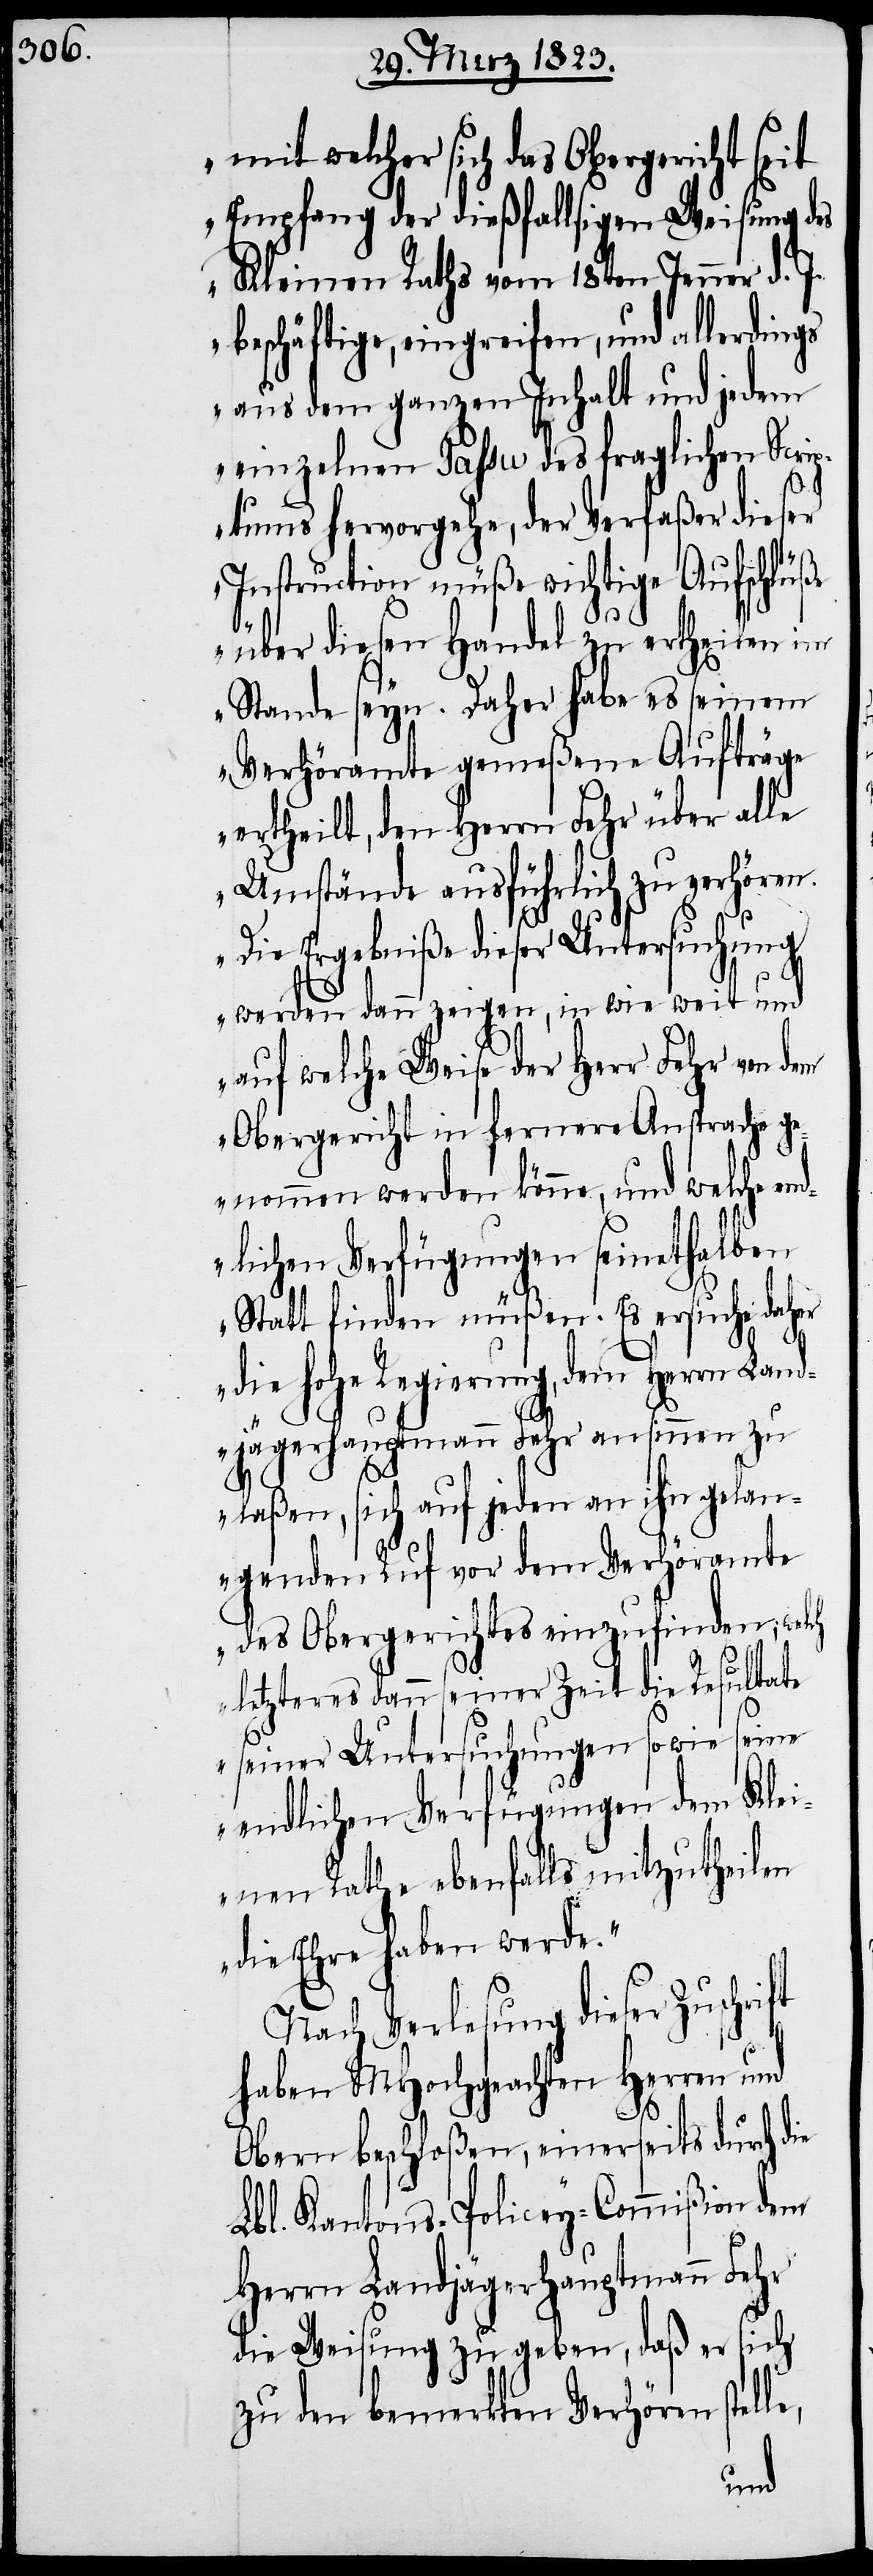
mit welcher sich das Obergericht seit
Empfang der dießfallsigen Weisung des
Kleinen Raths vom 18ten Jenner d. J.
beschäftige, eingreifen, und allerdings
aus dem ganzen Inhalt und jedem
einzelnen Passu des fraglichen Scrip¬
ie
tums hervorgehe, der Verfaßer dieser
er
Instruction müße wichtige Aufschlüße
über diesen Handel zu ertheilen im
Stande seyn. Daher habe es seinem
Verhöramte gemeßene Aufträge
ertheilt, den Herrn Fehr über alle
Umstände ausführlich zu verhören.
Die Ergebniße dieser Untersuchung
werden dann zeigen, in wie weit und
auf welche Weise der Herr Fehr von dem
Obergericht in fernere Ansprache ge¬
nommen werden könne, und welche en¬
dlichen Verfügungen seinethalben
Statt finden müßen. Es ersuche dah¬
die hohe Regierung, dem Herrn Land¬
jägerhauptmann Fehr ansinnen zu
laßen, sich auf jeden an ihn gelan¬
genden Ruf vor dem Verhöramte
des Obergerichtes einzufinden; welch
letzteres dann seiner Zeit die Resultate
seiner Untersuchungen sowie seine
endlichen Verfügungen dem Klei¬
nen Rathe ebenfalls mitzutheilen
die Ehre haben werde.“
Nach Verlesung dieser Zuschrift
haben MHochgeachten Herren und
Obern beschloßen, einerseits durch d¬
Lbl. Kantons-Policey-Commißion dem
Herrn Landjägerhauptmann Fehr
die Weisung zu geben, daß er sich
zu den bemerkten Verhören stel¬
le,